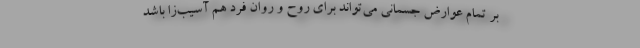
بر تمام عوارض جسمانی می‌تواند برای روح و روان فرد هم آسیب‌زا باشد